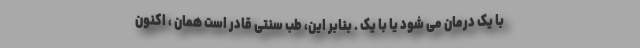
با یک درمان می شود یا با یک . بنابر این، طب سنتی قادر است همان ، اکنون